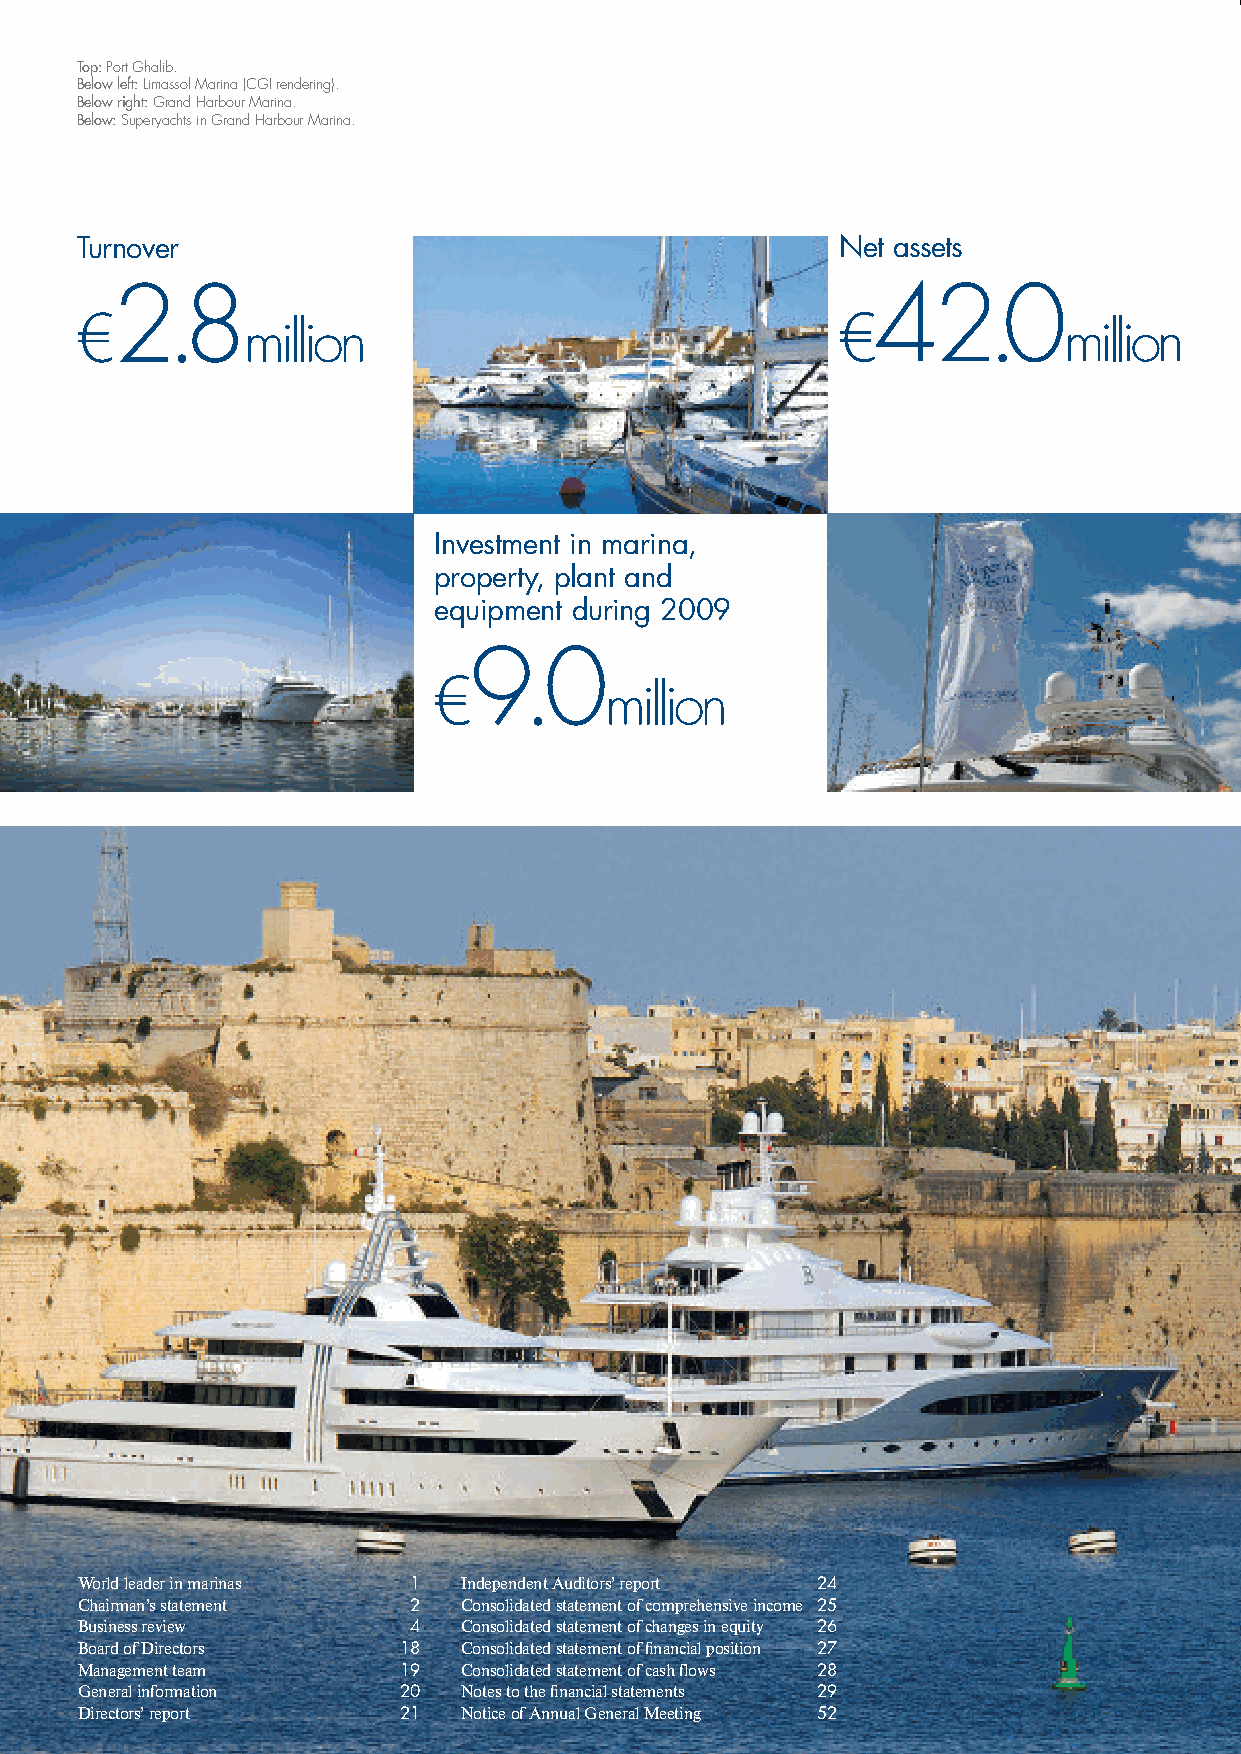
Top: Port Ghalib.
 Below left:Limassol Marina (CGI rendering).
 Below right: Grand Harbour Marina.
 Below: Superyachts in Grand Harbour Marina.
 Turnover                                           Net assets
 2.8                                                42.0
 €                                                  €
 million                                               million
 Investment in marina,
 Camper & Nicholsons is widely
 property, plant and
 recognised to be the world’s oldest
 equipment during 2009
 and one of the most prestigious
 9.0                                                                                                   yachting business names with origins
 €
 million                                                                                      dating back to 1782 when boat
 building began at Gosport, in the
 south of England.
 Camper & Nicholsons Marinas
 specialises in premium marina and
 waterfront developments and has
 provided services to clients in more
 than 25 countries worldwide.
 World leader in marinas 1 Independent Auditors’ report 24
 Chairman’s statement  2  Consolidated statement of comprehensive income 25
 Business review       4  Consolidated statement of changes in equity 26
 Board of Directors   18  Consolidated statement of financial position 27
 Management team      19  Consolidated statement of cash flows 28
 General information  20  Notes to the financial statements 29
 Directors’ report    21  Notice of Annual General Meeting 52
 OWT.VSyb
 detnirP
 retrauqhtruofyb
 decudorp
 dna
 dengiseD